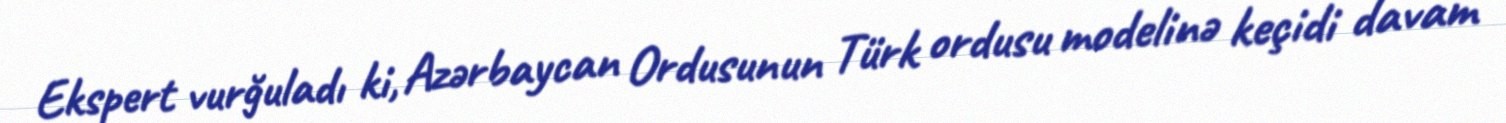
Ekspert vurğuladı ki, Azərbaycan Ordusunun Türk ordusu modelinə keçidi davam